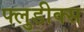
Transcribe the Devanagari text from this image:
फ्लुडीक्स